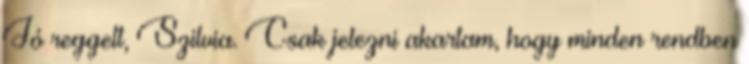
Jó reggelt, Szilvia. Csak jelezni akartam, hogy minden rendben